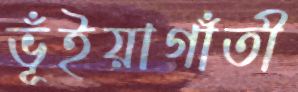
ভূঁইয়াগাঁতী